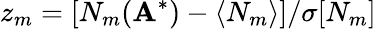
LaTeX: z_{m}=[N_{m}(\mathbf A^{*})-\langle N_{m}\rangle]/\sigma[N_{m}]